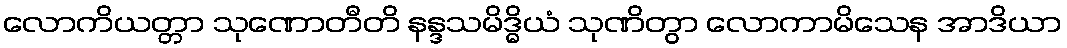
လောကိယတ္တာ သုဏောတီတိ နန္ဒသမိဒ္ဓိယံ သုဏိတွာ လောကာမိသေန အာဒိယာ